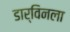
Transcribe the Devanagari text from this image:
डार्विनला